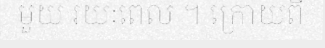
មួយ រយៈពេល ។ ក្រោយពី